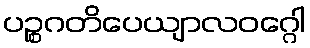
ပဉ္စဂတိပေယျာလဝဂ္ဂေါ